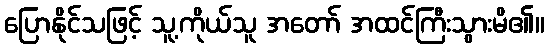
ပြောနိုင်သဖြင့် သူ့ကိုယ်သူ အတော် အထင်ကြီးသွားမိ၏။